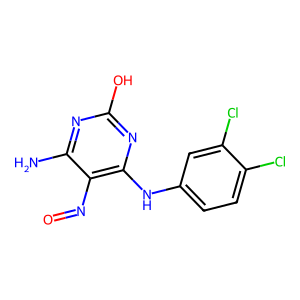
SMILES: Nc1nc(O)nc(Nc2ccc(Cl)c(Cl)c2)c1N=O
Inhibits HIV replication: No